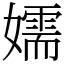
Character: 嬬